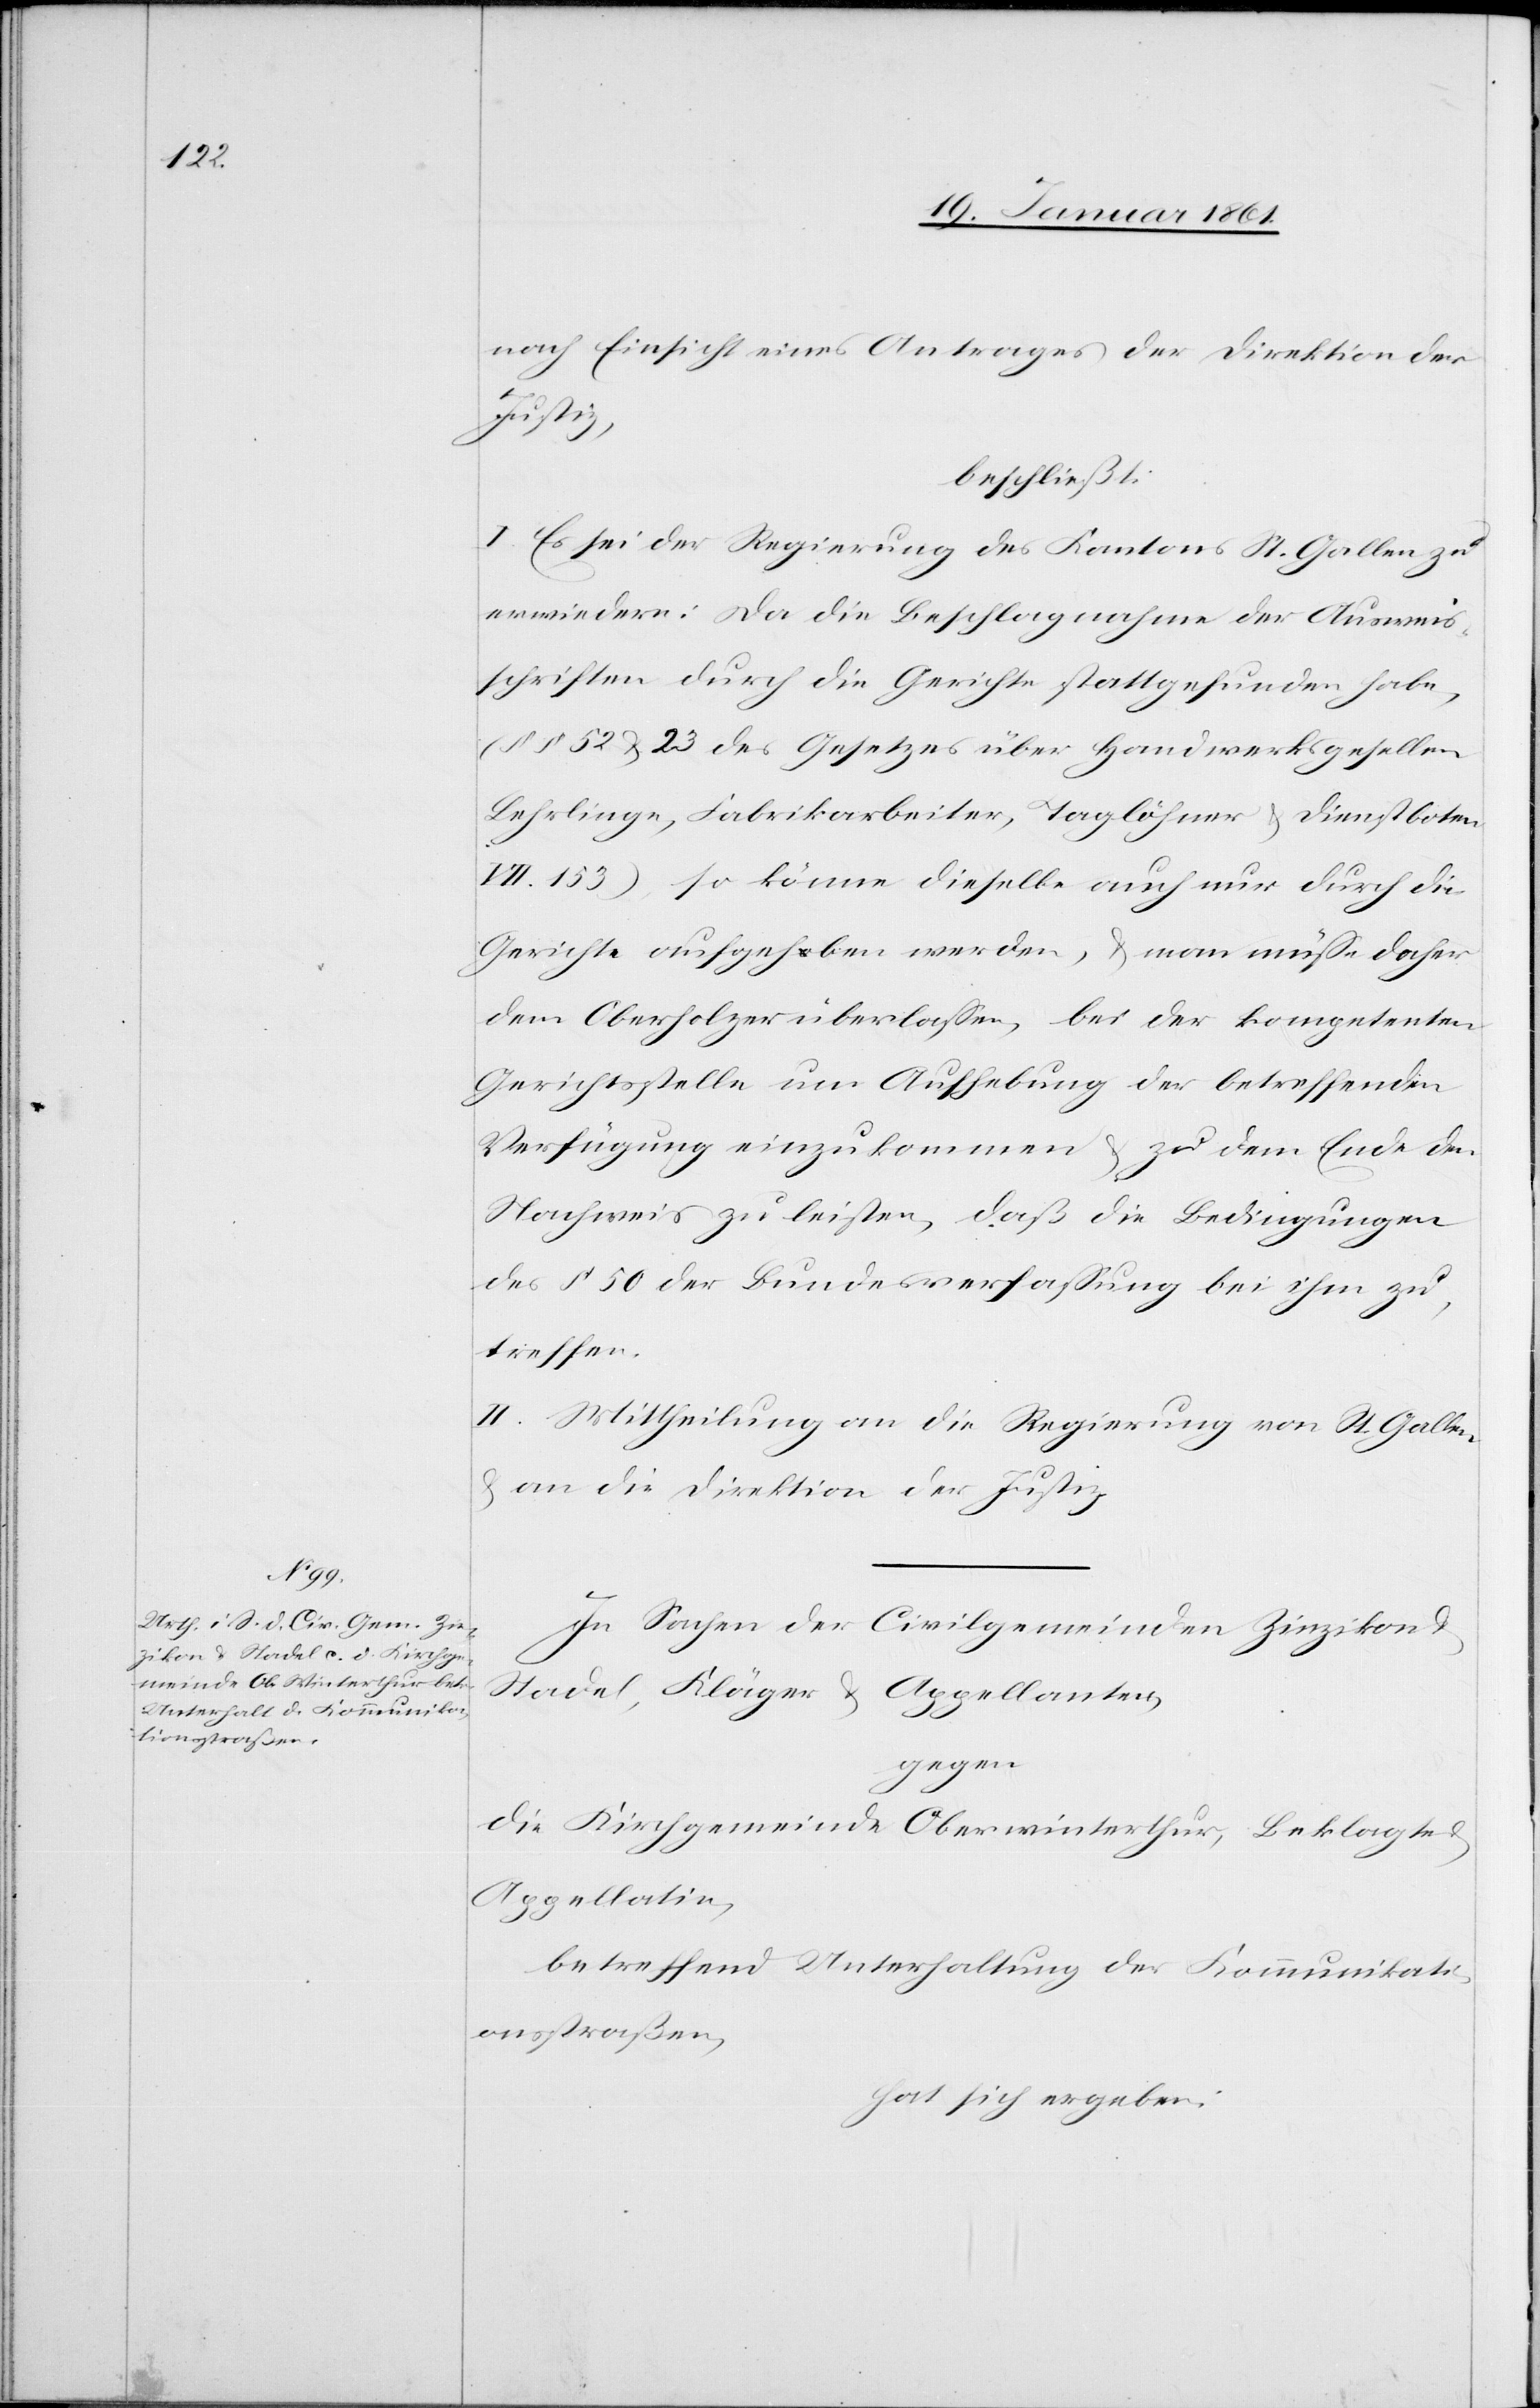
nach Einsicht eines Antrages der Direktion der
Justiz,
beschließt:
I. Es sei der Regierung des Kantons St. Gallen zu
erwiedern: Da die Beschlagnahme der Ausweis¬
schriften durch die Gerichte stattgefunden habe,
(§§. 52 u. 23 des Gesetzes über Handwerksgesellen,
Lehrlinge, Fabrikarbeiter, Taglöhner u. Dienstboten
VII. 153) so könne dieselbe auch nur durch die
Gerichte aufgehoben werden, u. man müsse daher
dem Oberholzer überlassen, bei der kompetenten
Gerichtsstelle um Aufhebung der betreffenden
Verfügung einzukommen u. zu dem Ende den
Nachweis zu leisten, daß die Bedingungen
des §. 50 der Bundesverfassung bei ihm zu¬
treffen.
II. Mittheilung an die Regierung von St. Gallen
u. an die Direktion der Justiz.
In Sachen der Civilgemeinden Zinzikon u.
Stadel, Kläger u. Appellanten,
gegen
die Kirchgemeinde Oberwinterthur, Beklagte
Appellatin,
betreffend Unterhaltung der Kommunikati¬
onsstraßen,
hat sich ergeben: